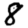
Digit: 8